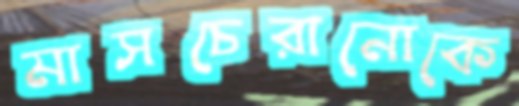
মাসচেরানোকে